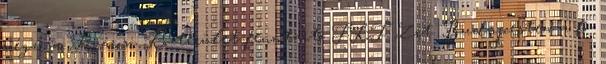
végzi a Fővárosi Közterület-fenntartó FKF Zrt. Budapesten a fő-